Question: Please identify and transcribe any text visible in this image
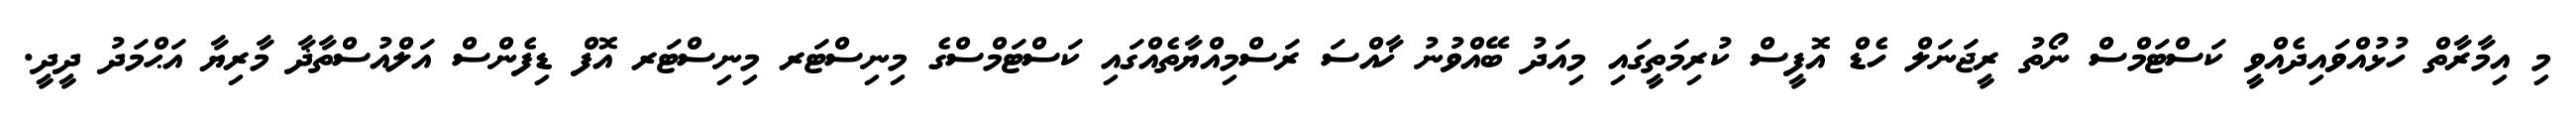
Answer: މި އިމާރާތް ހުޅުއްވައިދެއްވީ ކަސްޓަމްސް ނޯތު ރީޖަނަލް ހެޑް އޮފީސް ކުރިމަތީގައި މިއަދު ބޭއްވުނު ޚާއްސަ ރަސްމިއްޔާތެއްގައި ކަސްޓަމްސްގެ މިނިސްޓަރ މިނިސްޓަރ އޮފް ޑިފެންސް އަލްއުސްތާޛާ މާރިޔާ އަޙްމަދު ދީދީ.